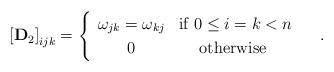
LaTeX: \begin{align*}\left[\mathbf{D}_{2}\right]_{ijk}=\begin{cases}\begin{array}{cc}\omega_{jk}=\omega_{kj} & \mbox{if }0\le i=k<n\\0 & \mbox{otherwise }\end{array}\end{cases}.\end{align*}